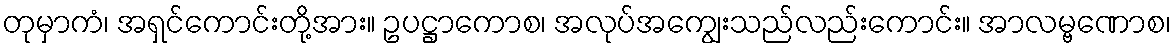
တုမှာကံ၊ အရှင်ကောင်းတို့အား။ ဥပဋ္ဌာကောစ၊ အလုပ်အကျွေးသည်လည်းကောင်း။ အာလမ္ဗဏောစ၊